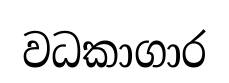
වධකාගාර